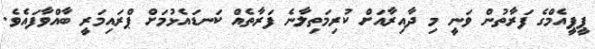
ޕީޕީއެމްގެ ފަރާތުން ވަނީ މި ދާއިރާއަށް ކުރިމަތިލާނެ ފަރާތެއް ކަނޑައެޅުމަށް ޕްރައިމަރީ ބާއްވާފައެވެ.